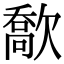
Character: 𣤙